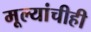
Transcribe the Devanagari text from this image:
मूल्यांचीही